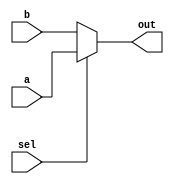
`timescale 1ns / 1ps
//////////////////////////////////////////////////////////////////////////////////
//
// HUST Verilog Experiment 4 and 5 : 2 to 1 Selector
//
// Pan Yue
//
//////////////////////////////////////////////////////////////////////////////////

module selector_2_to_1(a, b, sel, out);
  parameter WIDTH = 32;

  input [WIDTH-1:0] a;
  input [WIDTH-1:0] b;
  input sel;
  output [WIDTH-1:0] out;

  assign out = (sel)? a : b;

endmodule